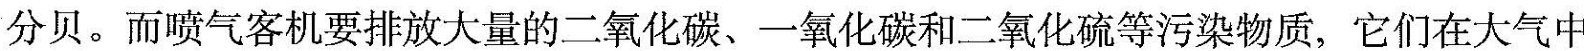
分贝。而喷气客机要排放大量的二氧化碳、一氧化碳和二氧化硫等污染物质，它们在大气中